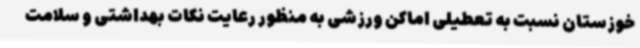
خوزستان نسبت به تعطیلی اماکن ورزشی به منظور رعایت نکات بهداشتی و سلامت